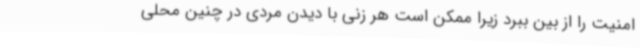
امنیت را از بین ببرد زیرا ممکن است هر زنی با دیدن مردی در چنین محلی